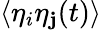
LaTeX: \langle\eta_{i}\eta_{\mathbf{j}}(t)\rangle